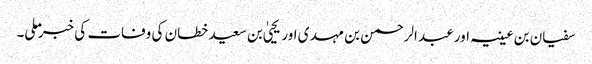
سفیان بن عیینہ اور عبد الرحمن بن مہدی اور یحییٰ بن سعید خطان کی وفات کی خبر ملی۔